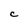
Character: C